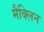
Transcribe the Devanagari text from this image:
मैक्लिन